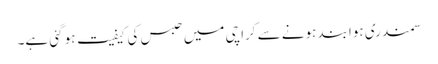
سمندری ہوا بند ہونے سے کراچی میں حبس کی کیفیت ہو گئی ہے۔